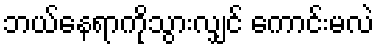
ဘယ်နေရာကိုသွားလျှင် ကောင်းမလဲ